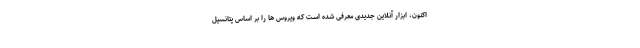
اکنون، ابزار آنلاین جدیدی معرفی شده است که ویروس ها را بر اساس پتانسیل